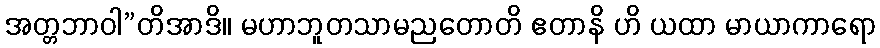
အတ္တဘာဝါ”တိအာဒိ။ မဟာဘူတသာမညတောတိ ဧတာနိ ဟိ ယထာ မာယာကာရော